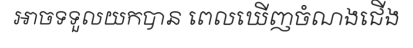
អាចទទួលយកបាន ពេលឃើញចំណងជើង